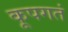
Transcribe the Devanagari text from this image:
कूपगतं